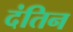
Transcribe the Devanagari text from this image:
दंतिन